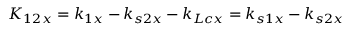
K _ { 1 2 x } = k _ { 1 x } - k _ { s 2 x } - k _ { L c x } = k _ { s 1 x } - k _ { s 2 x }